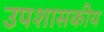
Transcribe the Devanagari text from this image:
उपशासकीय